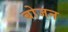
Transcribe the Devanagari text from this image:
बोजन